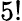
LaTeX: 5!